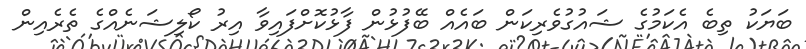
ބަޔަކު ތިބެ އެކަމުގެ ޝައުގުވެރިކަން ބައެއް ބޭފުޅުން ފާޅުކޮށްފައިވާ އިރު ކޯލިޝަނެއްގެ ތެރެއިން